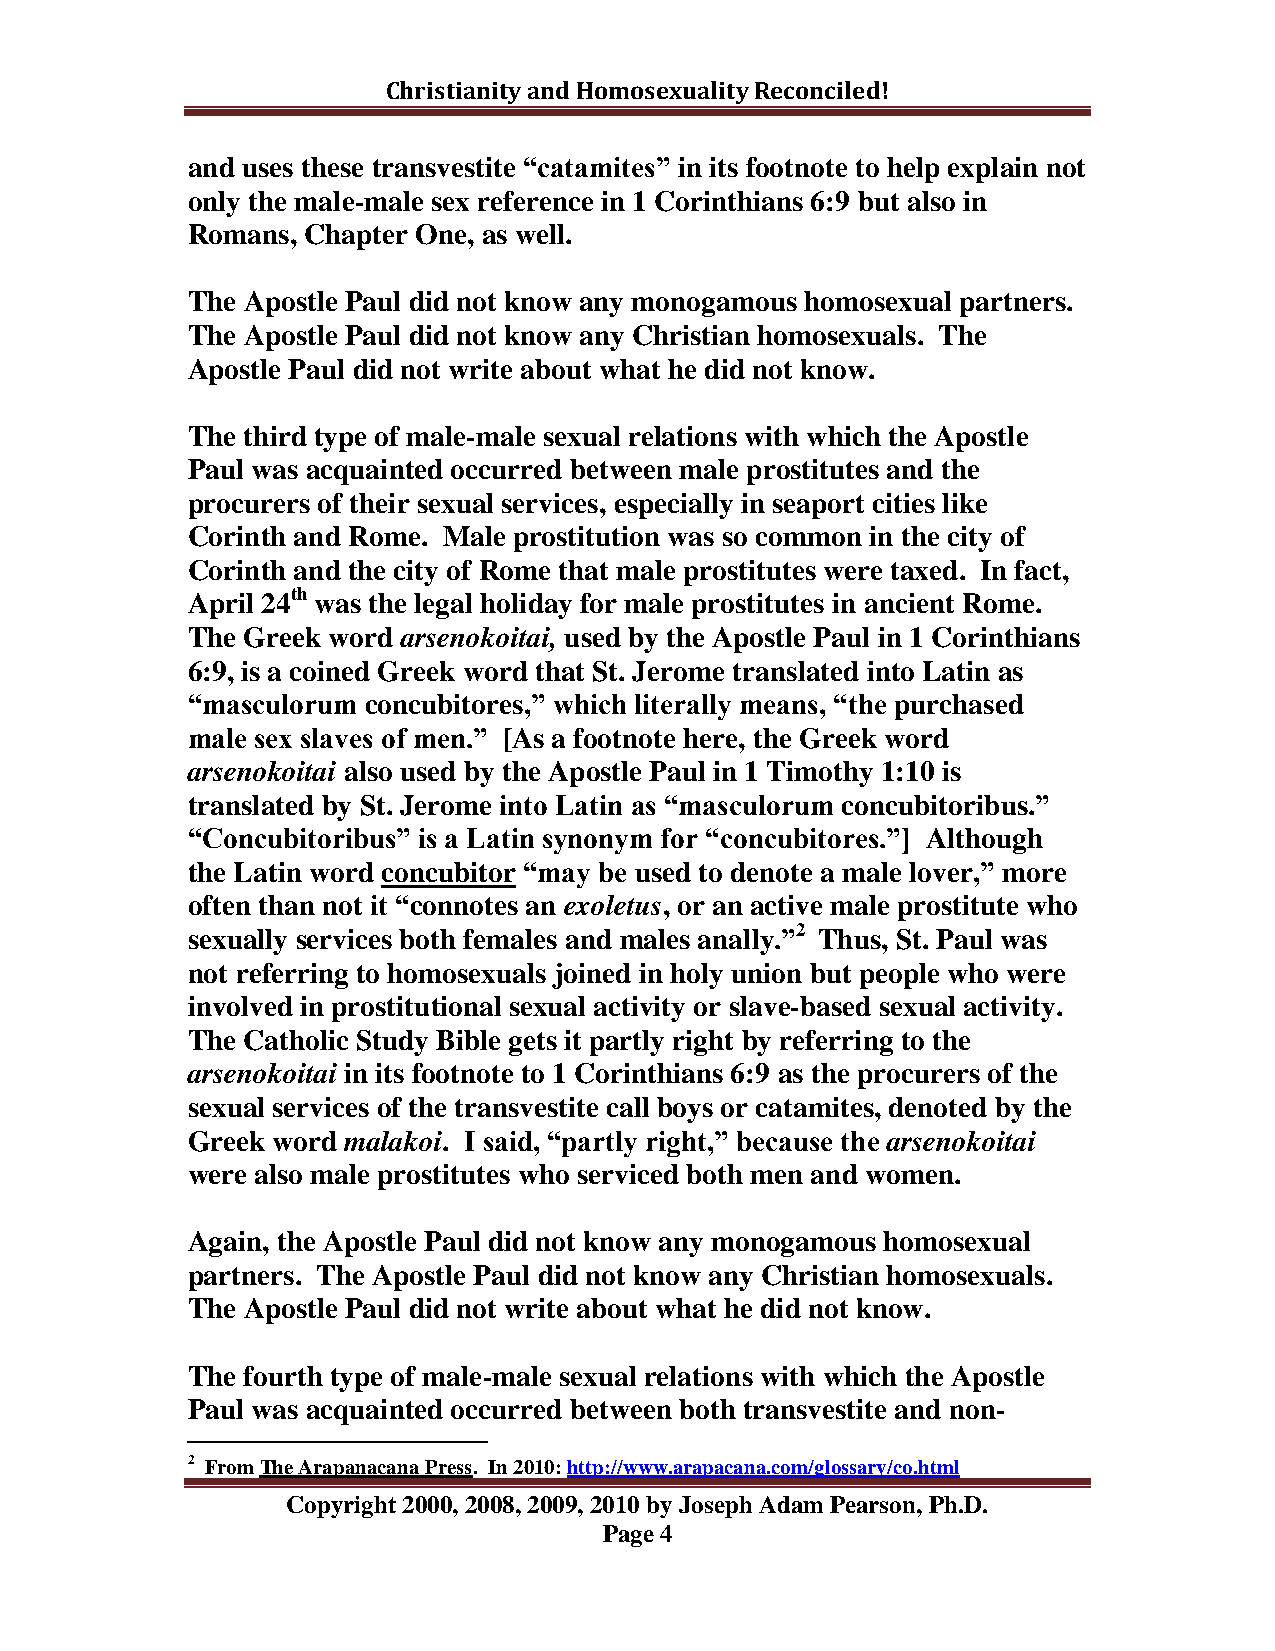
Christianity and Homosexuality Reconciled!
 and uses these transvestite “catamites” in its footnote to help explain not
 only the male-male sex reference in 1 Corinthians 6:9 but also in
 Romans, Chapter One, as well.
 The Apostle Paul did not know any monogamous homosexual partners.
 The Apostle Paul did not know any Christian homosexuals. The
 Apostle Paul did not write about what he did not know.
 The third type of male-male sexual relations with which the Apostle
 Paul was acquainted occurred between male prostitutes and the
 procurers of their sexual services, especially in seaport cities like
 Corinth and Rome. Male prostitution was so common in the city of
 Corinth and the city of Rome that male prostitutes were taxed. In fact,
 April 24th was the legal holiday for male prostitutes in ancient Rome.
 The Greek word arsenokoitai, used by the Apostle Paul in 1 Corinthians
 6:9, is a coined Greek word that St. Jerome translated into Latin as
 “masculorum concubitores,” which literally means, “the purchased
 male sex slaves of men.” [As a footnote here, the Greek word
 arsenokoitai also used by the Apostle Paul in 1 Timothy 1:10 is
 translated by St. Jerome into Latin as “masculorum concubitoribus.”
 “Concubitoribus” is a Latin synonym for “concubitores.”] Although
 the Latin word concubitor “may be used to denote a male lover,” more
 often than not it “connotes an exoletus, or an active male prostitute who
 sexually services both females and males anally.”2 Thus, St. Paul was
 not referring to homosexuals joined in holy union but people who were
 involved in prostitutional sexual activity or slave-based sexual activity.
 The Catholic Study Bible gets it partly right by referring to the
 arsenokoitai in its footnote to 1 Corinthians 6:9 as the procurers of the
 sexual services of the transvestite call boys or catamites, denoted by the
 Greek word malakoi. I said, “partly right,” because the arsenokoitai
 were also male prostitutes who serviced both men and women.
 Again, the Apostle Paul did not know any monogamous homosexual
 partners. The Apostle Paul did not know any Christian homosexuals.
 The Apostle Paul did not write about what he did not know.
 The fourth type of male-male sexual relations with which the Apostle
 Paul was acquainted occurred between both transvestite and non-
 2 From The Arapanacana Press. In 2010: http://www.arapacana.com/glossary/co.html
 Copyright 2000, 2008, 2009, 2010 by Joseph Adam Pearson, Ph.D.
 Page 4